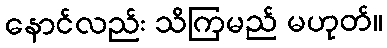
နောင်လည်း သိကြမည် မဟုတ်။